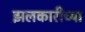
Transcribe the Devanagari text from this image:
झलकारीच्या